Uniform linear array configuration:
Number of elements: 16
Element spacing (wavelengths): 0.25
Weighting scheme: blackman
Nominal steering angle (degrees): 0
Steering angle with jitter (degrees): -1.78
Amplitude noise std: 0.05
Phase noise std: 0.05

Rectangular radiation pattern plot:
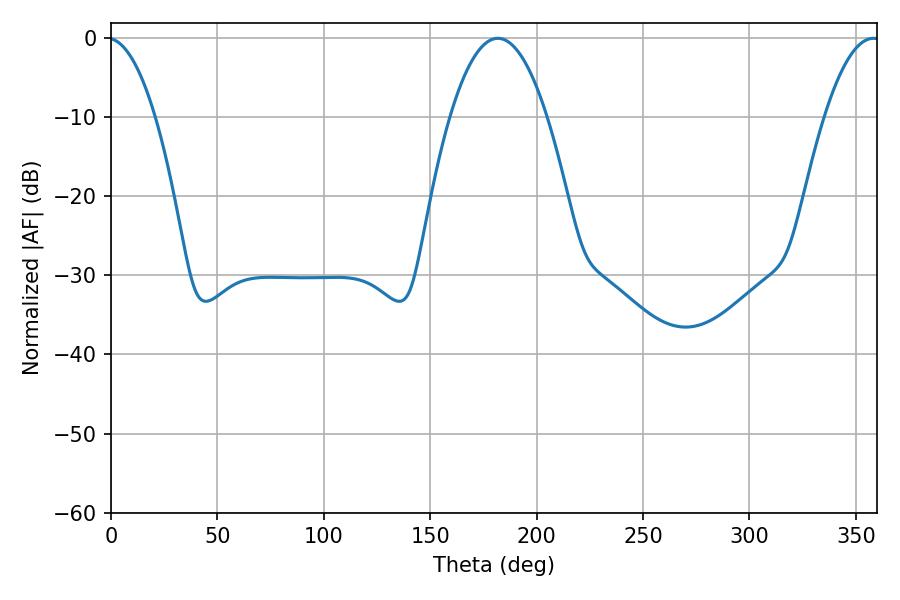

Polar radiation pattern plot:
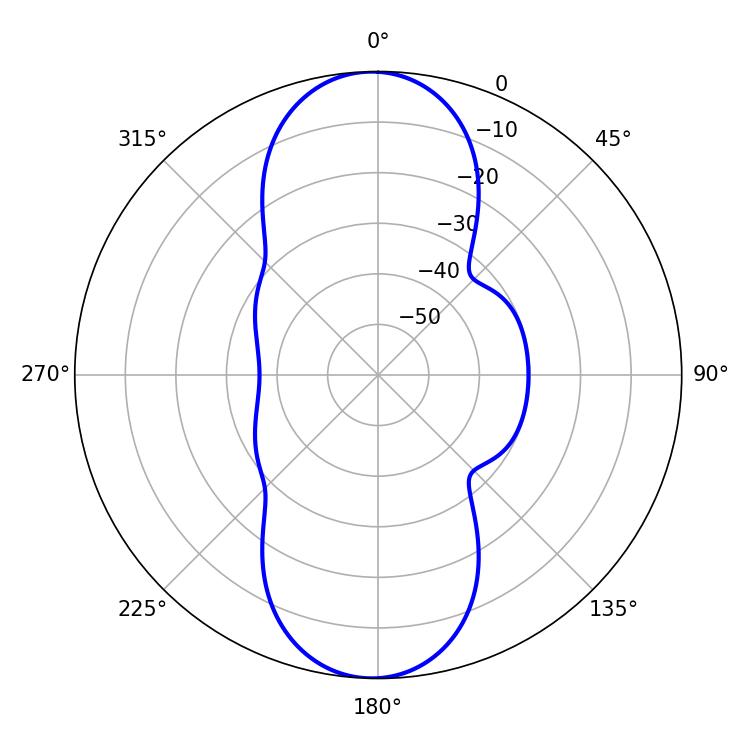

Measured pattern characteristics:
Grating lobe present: FALSE
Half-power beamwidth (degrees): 25.02
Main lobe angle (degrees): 181.8